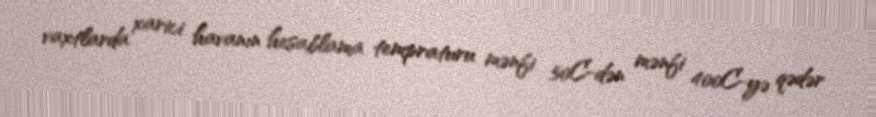
vaxtlarda xarici havanın hesablama tempraturu mənfi 50C-dən mənfi 400C-yə qədər